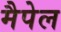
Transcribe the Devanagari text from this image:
मैपेल